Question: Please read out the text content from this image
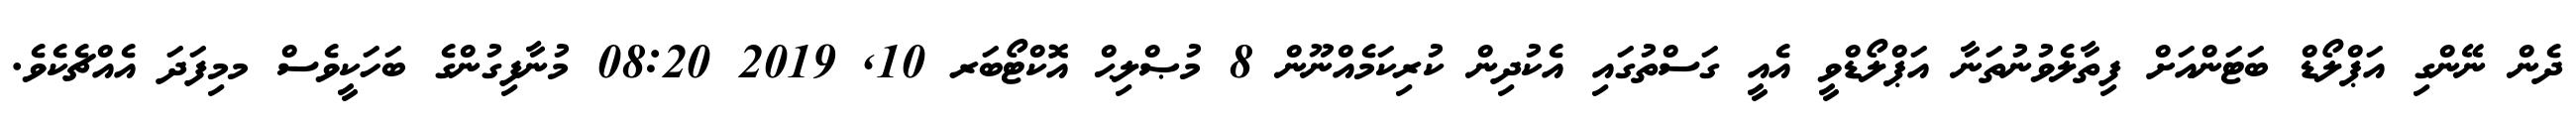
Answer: ދެން ނޭންގި އަޕްލޯޑް ބަޓަންއަށް ފިތާލެވުނުތަނާ އަޕްލޯޑްވީ އެއީ ގަސްތުގައި އެކުދިން ކުރިކަމެއްނޫން 8 މުޞްލިޙް އޮކްޓޯބަރ 10, 2019 08:20 މުނާފިގުންގެ ބަހަކީވެސް މމިފަދަ އެއްޗެކެވެ.